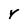
Character: Y